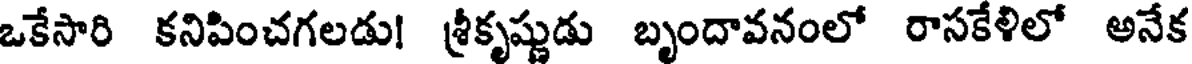
ఒకేసారి కనిపించగలడు! శ్రీకృష్ణుడు బృందావనంలో రాసకేళిలో అనేక